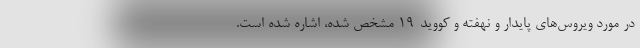
در مورد ویروس‌های پایدار و نهفته و کووید-۱۹ مشخص شده، اشاره شده است.